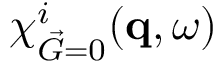
\chi _ { \vec { G } = 0 } ^ { i } ( \mathbf { q } , \omega )